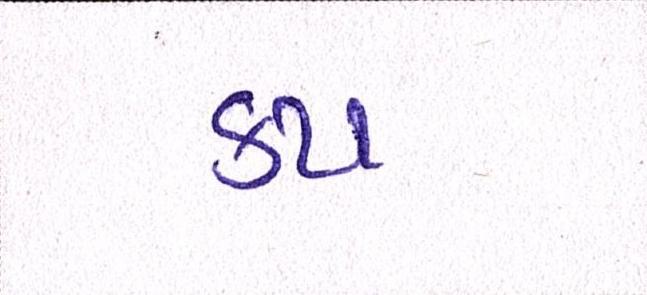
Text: કપ